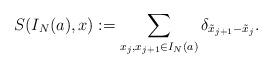
LaTeX: \begin{align*} S(I_N(a),x):=\sum_{x_j,x_{j+1}\in I_N(a)}\delta_{\tilde{x}_{j+1}-\tilde{x}_j}.\end{align*}